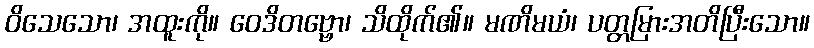
ဝိသေသော၊ အထူးကို။ ဝေဒိတဗ္ဗော၊ သိထိုက်၏။ မဏိမယံ၊ ပတ္တမြားအတိပြီးသော။